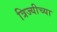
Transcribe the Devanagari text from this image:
त्रिज्यीच्या